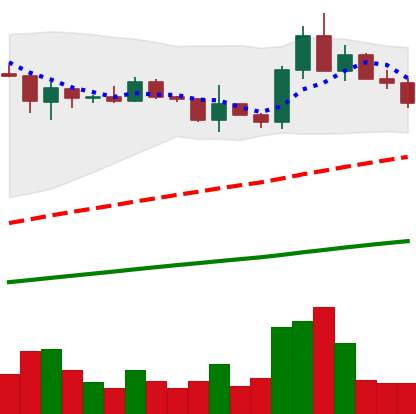
Ticker: ADA-USD
Chart end date: 2021-03-22
Forward return: 6.01%
Label: up_5_7